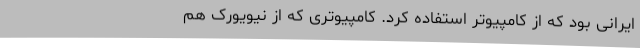
ایرانی بود که از کامپیوتر استفاده کرد. کامپیوتری که از نیویورک هم